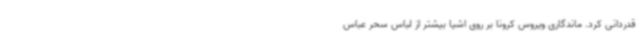
قدردانی کرد. ماندگاری ویروس کرونا بر روی اشیا بیشتر از لباس سحر عباس